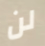
لن